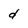
Character: d